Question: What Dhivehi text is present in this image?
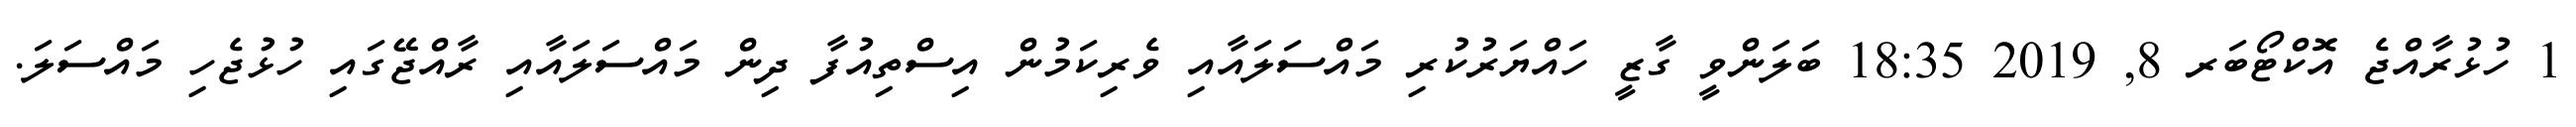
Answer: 1 ހުޅުރާއްޖެ އޮކްޓޯބަރ 8, 2019 18:35 ބަލަންވީ ގާޒީ ހައްޔަރުކުރި މައްސަލައާއި ވެރިކަމުން އިސްތިއުފާ ދިން މައްސަލައާއި ރާއްޖޭގައި ހުޅުޖެހި މައްސަލަ.